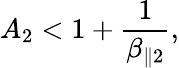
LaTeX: A_{2}<1+\frac{1}{\beta_{\parallel 2}},